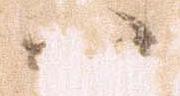
八